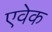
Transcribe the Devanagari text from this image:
एवेक